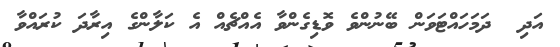
އަދި  ދަމަހައްޓަވަން ބޭނުންވެ ވޮޑިގެންވާ އެއްޗެއް އެ ކަލާންގެ އިރާދަ ކުރައްވާ